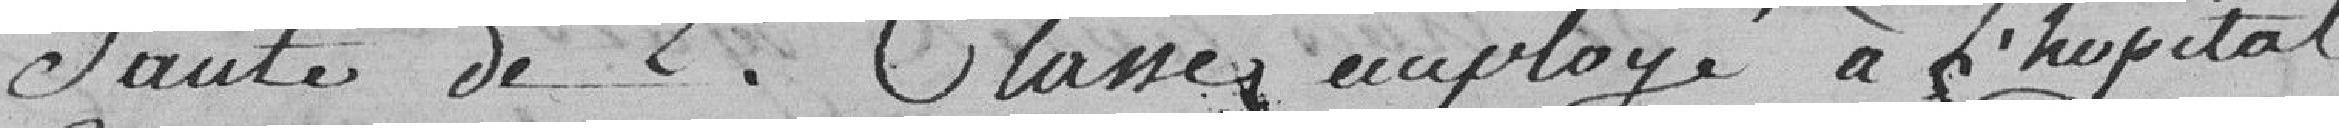
Sauté de 2. Classes employé à l'hospital